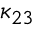
\kappa _ { 2 3 }